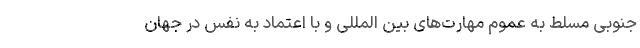
جنوبی مسلط به عمومِ مهارت­های بین المللی و با اعتماد به نفس در جهان